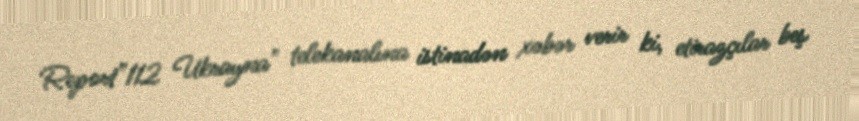
Report"112 Ukrayna" telekanalına istinadən xəbər verir ki, etirazçılar beş